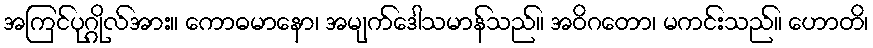
အကြင်ပုဂ္ဂိုလ်အား။ ကောဓမာနော၊ အမျက်ဒေါသမာန်သည်။ အဝိဂတော၊ မကင်းသည်။ ဟောတိ၊